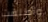
وأطلقت